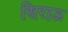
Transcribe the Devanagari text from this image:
सिराऊ